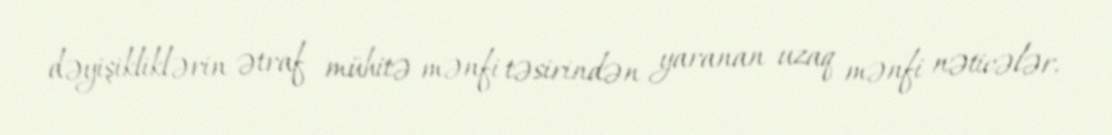
dəyişikliklərin ətraf mühitə mənfi təsirindən yaranan uzaq mənfi nəticələr.